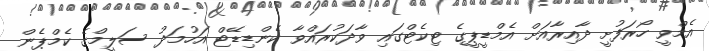
އެމްވީ ހޯރަފުށީ ދާއިރާއަށް އެމްޑީޕީގެ ޓިކެޓްގައި ވާދަކުރައްވާ ކެންޑިޑޭޓް އަހުމަދު ސަލީމްގެ ކެމްޕެން